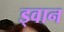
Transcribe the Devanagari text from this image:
ड्वान